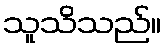
သူသိသည်။